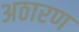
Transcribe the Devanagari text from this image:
अठारण